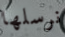
نرسلها